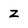
Character: z